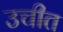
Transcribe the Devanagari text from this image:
उचीत